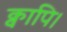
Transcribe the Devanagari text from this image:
क्वापि।